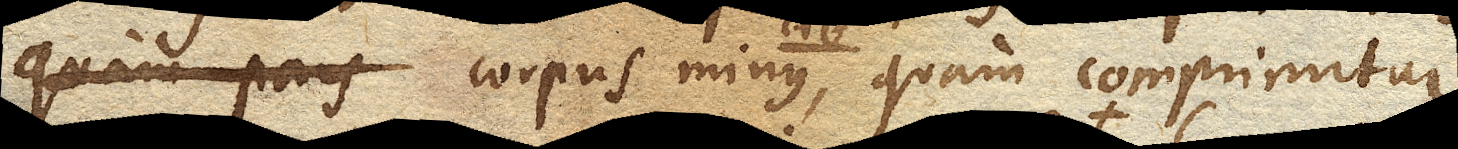
quam pars corpus minus, quam comprimitur